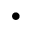
\bullet